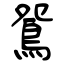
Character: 鴛